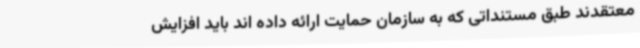
معتقدند طبق مستنداتی که به سازمان حمایت ارائه داده اند باید افزایش